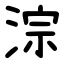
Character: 淙